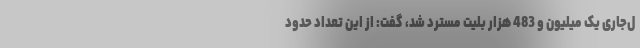
ل‌جاری یک میلیون و 483 هزار بلیت مسترد شد، گفت: از این تعداد حدود